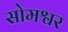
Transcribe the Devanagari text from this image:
सोमश्वर